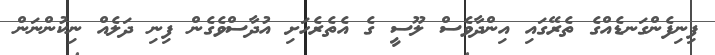
ފިނިފެންގަނޑެއްގެ ތެރޭގައި އިންދާވެސް ލޫސީ ގެ އެތެރެހަށި އުދާސްވެގެން ފިނި ދަލެއް ނިކުންނަން